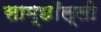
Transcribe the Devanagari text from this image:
साम्छाँल्ली